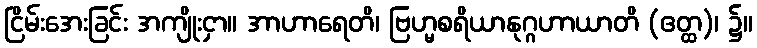
ငြိမ်းအေးခြင်း အကျိုးငှာ။ အာဟာရေတိ၊ ဗြဟ္မစရိယာနုဂ္ဂဟာယာတိ (ဧတ္ထ)၊ ၌။